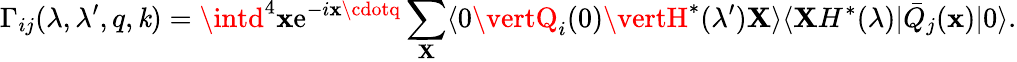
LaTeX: \Gamma_{ij}(\lambda,\lambda^{\prime},q,\mathit{k})=\intd^{4}\mathbf{x}\mathrm{e}^{-i\mathbf{x}\cdotq}\sum_{\mathbf{X}}\langle0\vertQ_{i}(0)\vertH^{*}(\lambda^{\prime})\mathbf{X}\rangle\langle\mathbf{X}H^{*}(\lambda)\vert\bar{{Q}}_{j}(\mathbf{x})\vert0\rangle.